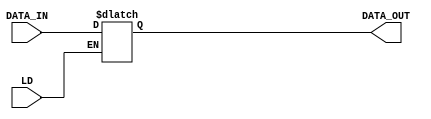
module register_16 #(
	parameter WIDTH = 16
) (
	input LD,
	input [WIDTH-1:0]DATA_IN,
	output reg [WIDTH-1:0]DATA_OUT
);
	always @(LD or DATA_IN) begin
		if(LD==1'b1) begin
			DATA_OUT=DATA_IN;
		end
		else DATA_OUT=DATA_OUT;
	end
endmodule